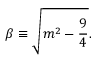
\beta \equiv \sqrt { m ^ { 2 } - \frac { 9 } { 4 } } .